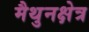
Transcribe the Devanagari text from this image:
मैथुनक्षेत्र